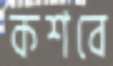
কশবে